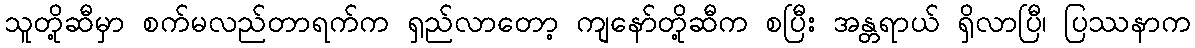
သူတို့ဆီမှာ စက်မလည်တာရက်က ရှည်လာတော့ ကျနော်တို့ဆီက စပြီး အန္တရာယ် ရှိလာပြီ၊ ပြဿနာက